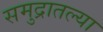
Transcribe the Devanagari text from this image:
समुद्रातल्या